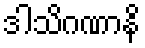
ဒါသိဂဏာနိ